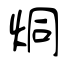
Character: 烔